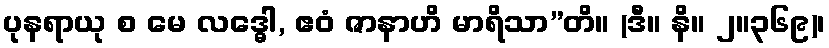
ပုနရာယု စ မေ လဒ္ဓေါ, ဧဝံ ဇာနာဟိ မာရိသာ”တိ။ (ဒီ။ နိ။ ၂။၃၆၉)၊